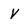
Character: V